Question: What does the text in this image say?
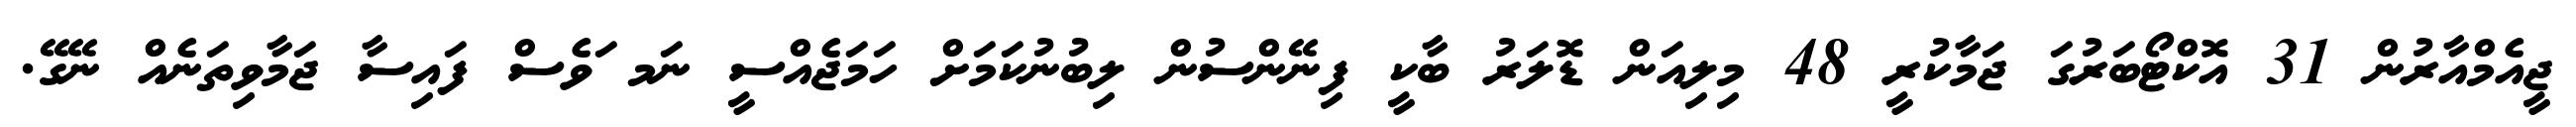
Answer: ޖީއެމްއާރުން 31 އޮކްޓޯބަރުގަ ޖަމާކުރީ 48 މިލިއަން ޑޮލަރު ބާކީ ފިނޭންސުން ލިބުނުކަމަށް ހަމަޖެއްސީ ނަމ ަވެސް ފައިސާ ޖަމާވިތަނެއް ނޭގޭ.